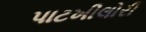
પાટખીલોરી